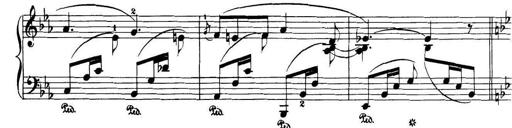
Title: 32 Sonatinas and Rondos for the Piano
Composer: Richard Kleinmichel